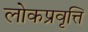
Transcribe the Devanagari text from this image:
लोकप्रवृत्ति